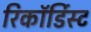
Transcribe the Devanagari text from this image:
रिकॉर्डिस्ट